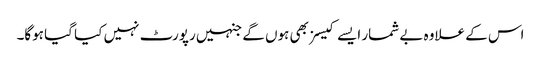
اس کے علاوہ بے شمار ایسے کیسز بھی ہوں گے جنہیں رپورٹ نہیں کیا گیا ہوگا۔